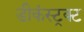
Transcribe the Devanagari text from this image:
डीकंस्ट्रक्ट